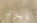
دايزي